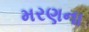
મરણના